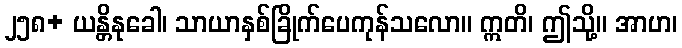
၂၅၈+ ယန္တိနုခေါ၊ သာယာနှစ်ခြိုက်ပေကုန်သလော။ ဣတိ၊ ဤသို့။ အာဟ၊